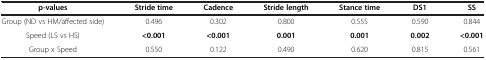
<table><thead><tr><td><b>p-values</b></td><td><b>Stride time</b></td><td><b>Cadence</b></td><td><b>Stride length</b></td><td><b>Stance time</b></td><td><b>DS1</b></td><td><b>SS</b></td></tr></thead><tbody><tr><td>Group (ND vs HM/affected side)</td><td>0.496</td><td>0.302</td><td>0.800</td><td>0.555</td><td>0.590</td><td>0.844</td></tr><tr><td>Speed (LS vs HS)</td><td><b>&lt;0.001</b></td><td><b>&lt;0.001</b></td><td><b>0.001</b></td><td><b>0.001</b></td><td><b>0.002</b></td><td><b>&lt;0.001</b></td></tr><tr><td>Group x Speed</td><td>0.550</td><td>0.122</td><td>0.490</td><td>0.620</td><td>0.815</td><td>0.561</td></tr></tbody></table>